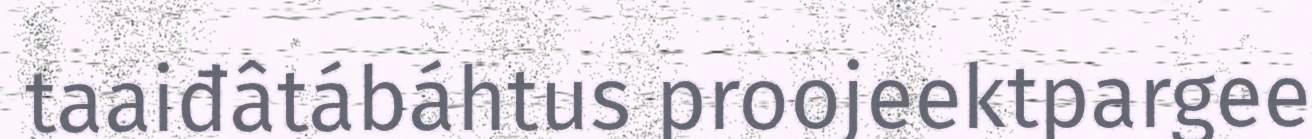
taaiđâtábáhtus proojeektpargee